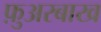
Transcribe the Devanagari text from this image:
फ़ुअरबाख